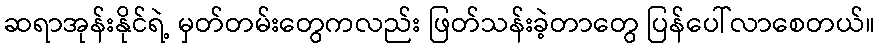
ဆရာအုန်းနိုင်ရဲ့ မှတ်တမ်းတွေကလည်း ဖြတ်သန်းခဲ့တာတွေ ပြန်ပေါ်လာစေတယ်။